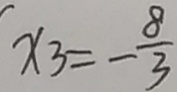
x _ { 3 } = - \frac { 8 } { 3 }